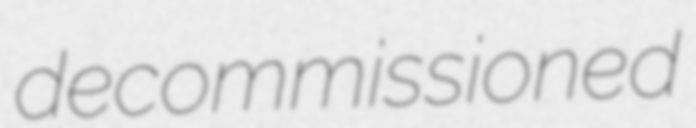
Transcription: decommissioned